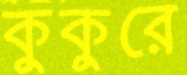
কুকুরে